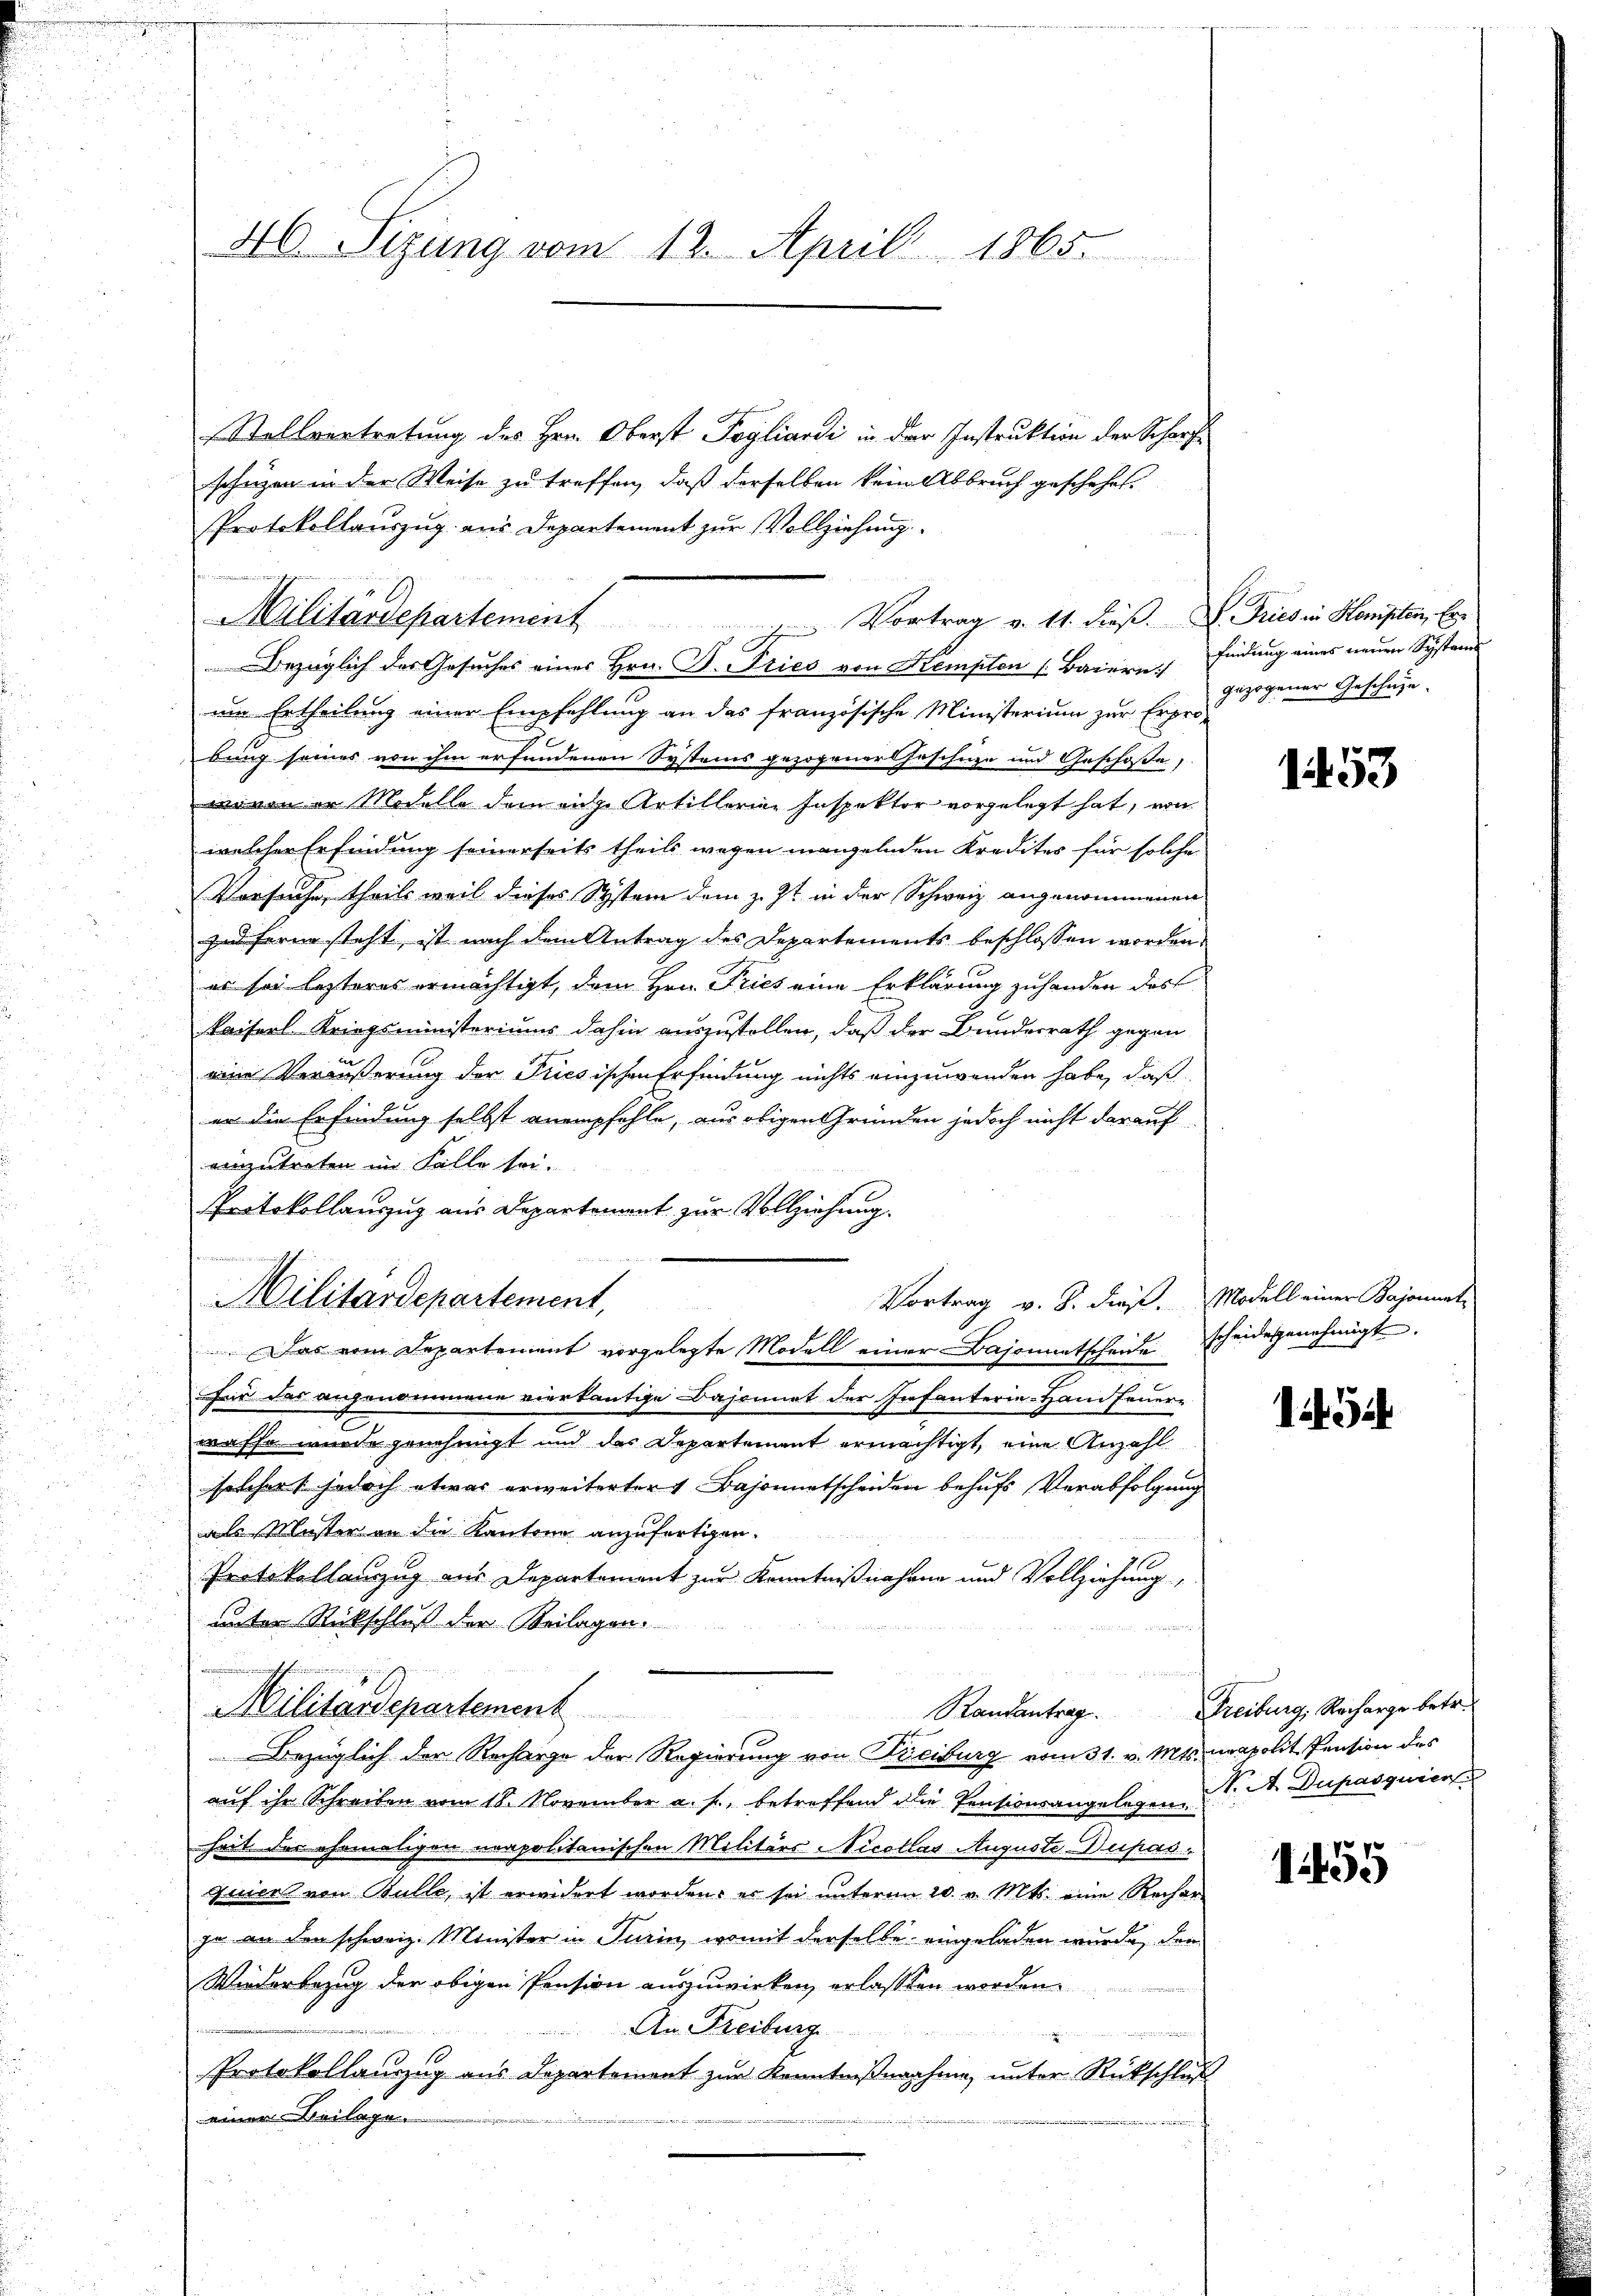
46 Sizung vom 12. April 1865.

Stollvertretung des Hrn. Oberst Pogliardi in der Instruktion der Scharfschützen in der Weise zu treffen, daß derselben kein Abbruch geschehet.
um Ertheilung einer Empfehlung an das französische Ministerium zur Erpro-
bung seines von ihm erfundenen Systems gezogener Geschüze und Geschoße,
wovon in Modello dem eige Artillerine Inspektor vorgelegt hat, von
welcher Erfindung seinerseits theils wegen mangelnden Kredites für solche
Versuche, theils weil dieses System dem z. Zt. in der Schweiz angenommenen
zad ferne steht, ist nach dem Antrag des Departements beschlossen worden.
es sei lezteres ermächtigt, dem Hrn. Pries eine Erklärung zuhanden das
kaiserl Kriegsministeriums dahin auszustellen, daß der Bundesrath gegen
eine Veräußerung der Priesischen Erfindung nichts einzuwenden habe, daß
er die Erfindung selbst anempfehle, aus obigen Gründen jedoch nicht darauf
einzutreten im Falle sei.
Protokollauszug aus Departement zur Vollziehung.
Vortrag v. 8. dies. Modell einer Bajonnat
.Das vom Departement vorgelegte Modell einer Bajonentscheide
für das angenommene viertantige Bajonet der Infanterie-Hand Feuere
wasse wurde genehmigt und des Departement ermächtigt, eine Anzahl
solcher jedoch etwas erweiterter 1 Bajonentscheiden behufs Verabfolgung
als Muster an die Kantone anzufertigen.
Protokollanzug aus Departement zur Kenntnißnahmen und Vollziehung,
unter Rückschluß der Beilagen.
e
Militärdepartement
Randantrag.
Bezüglich der Recharge der Regierung von Treiburg vom 31. v. Mts. neapolit Pension des
auf ihr Schreiben vom 18. November a. f., betreffend die Pensionsangelegen u. A. Dupasquier
heit der ehemaligen neapolitanischen Militärs Nicollas Auguste Dupas
quiert von Bulle, ist erwidert worden, es sei unterm 20. v. Mts. eine Recharja an den schweiz. Minister in Turin, womit derselbe eingeladen wurde, den
Wiederbezug der obigen Pension auszuwirken erlassten worden
An Freiburg
n
Protokollauszug aus Departement zur Kenntnißnahme, unter Rückschluss
einer Beilage.

Protokollauszug aus Departement zur Vollziehung
Militärdepartement Vortrag v. 11. dieβ. D. Pries in Hompten, Er
x
Bezüglich des Gesuches eines Hrn. D. Pries von Kempten Baiern findung eines neuen Systands

Militardepartement,

gezogener Geschähe.

1453

scheidesgenehmigt.

i

Freiburg, Recharge betr.

155